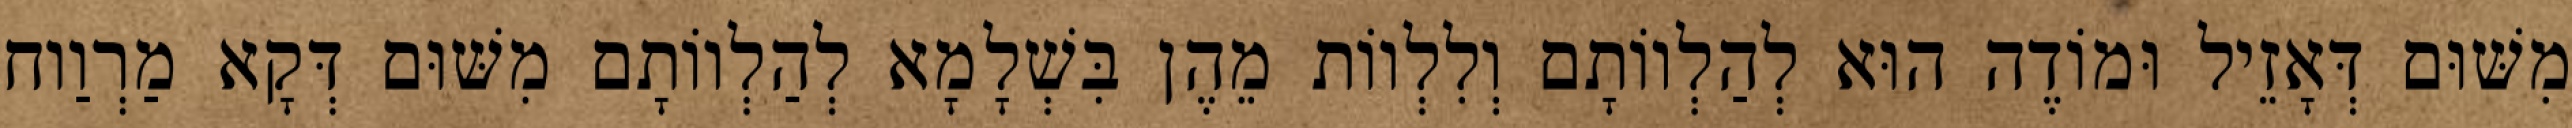
מִשּׁוּם דְּאָזֵיל וּמוֹדֶה הוּא לְהַלְווֹתָם וְלִלְווֹת מֵהֶן בִּשְׁלָמָא לְהַלְווֹתָם מִשּׁוּם דְּקָא מַרְוַוח